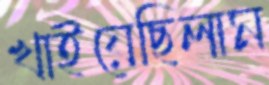
খাইয়েছিলাম